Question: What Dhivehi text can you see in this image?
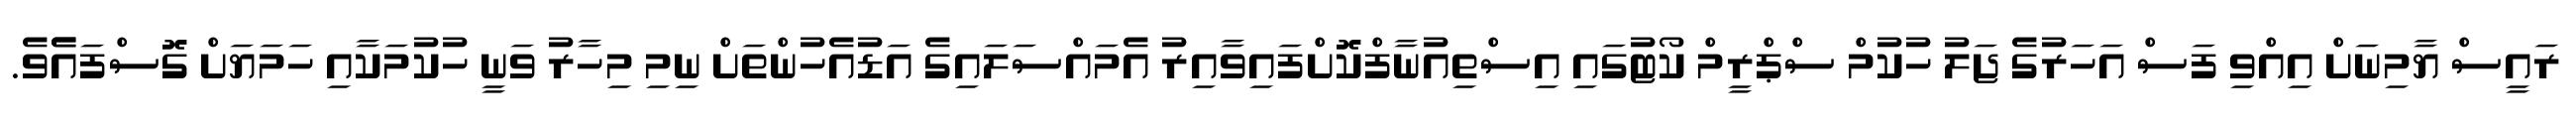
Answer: ރައީސް ޔާމިނަށް އިއްވި ފަސް އަހަރުގެ ޖަލު ހުކުމް ސްޕްރީމް ކޯޓުގައި އިސްތިއުނާފްކޮށްފައިވާއިރު އެމައްސަލައިގެ އަޑުއެހުންތަށް ނިމި މިހާރު ވަނީ ހުކުމަކާއި ހަމަޔަށް ގޮސްފައެެވެ.